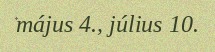
május 4., július 10.